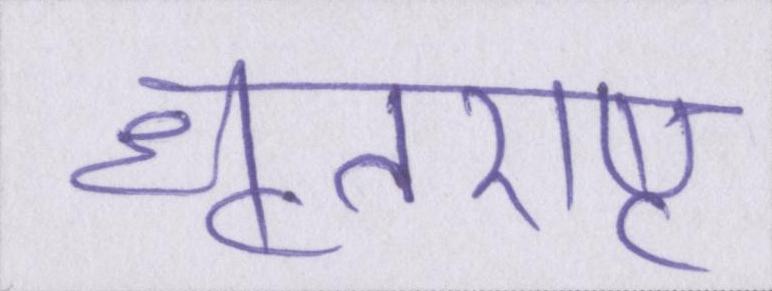
धॄतराष्ट्र